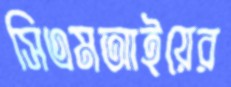
সিএমআইয়ের